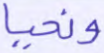
ونحيا